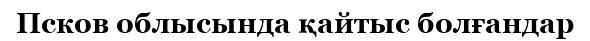
Псков облысында қайтыс болғандар